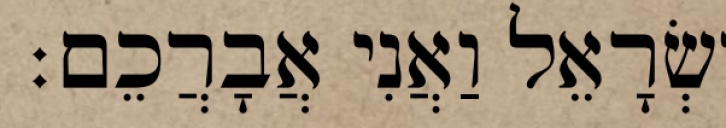
יִשְׂרָאֵל וַאֲנִי אֲבָרֲכֵם׃